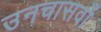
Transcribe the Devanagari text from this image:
उनचासवाँ